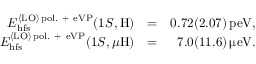
\begin{array} { r l r } { E _ { \mathrm { h f s } } ^ { { \langle \mathrm { L O } \rangle } \, \mathrm { p o l . ~ + ~ e V P } } ( 1 S , \mathrm { H } ) } & { = } & { 0 . 7 2 ( 2 . 0 7 ) \, \mathrm { p e V } , } \\ { E _ { \mathrm { h f s } } ^ { { \langle \mathrm { L O } \rangle } \, \mathrm { p o l . ~ + ~ e V P } } ( 1 S , \mu \mathrm { H } ) } & { = } & { 7 . 0 ( 1 1 . 6 ) \, \upmu \mathrm { e V } . } \end{array}